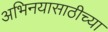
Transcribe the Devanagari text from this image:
अभिनयासाठीच्या